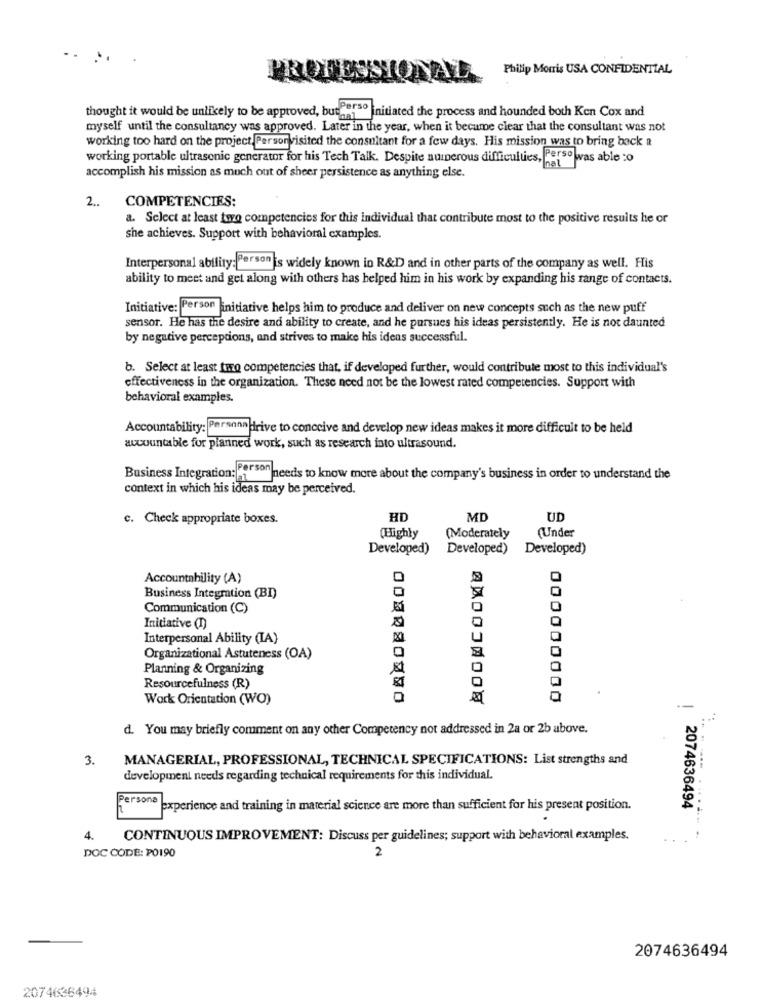
..
Philip Morris USA CONFIDENTIAL
PROFESSIONAL
thought it would be unlikely to be approved, but ters initiated the process and hounded both Ken Cox and
myself until the consultancy was approved. Later in the year, when it became clear that the consultant was not
working too hard on the project, Person visited the consultant for a few days. His mission was to bring back a
working portable ultrasonic generator for his Tech Talk. Despite numerous difficulties, Persowas able to
accomplish his mission as much out of sheer persistence as anything else.
2.
COMPETENCIES:
a. Select at least two competencies for this Individual that contribute most to the positive results he or
she achieves. Support with behavioral examples.
Interpersonal ability: Person is widely known in R&D and in other parts of the company as well. His
ability to meet and get along with others has helped him in his work by expanding his range of contacts.
Initiative: Person initiative helps him to produce and deliver on new concepts such as the new puff
sensor. He has the desire and ability to create, and he pursues his ideas persistently. He is not daunted
by negative perceptions, and strives to make his idens successful.
b. Select at least two competencies that, if developed further, would contribute most to this individual's
effectiveness in the organization. These need not be the lowest rated competencies. Support with
behavioral examples.
Accountability: Personadrive to conceive and develop new ideas makes it more difficult to be held
accountable for planned work, such as research into ultrasound.
Business Integration: Person
oh needs to know more about the company's business in order to understand the
context in which his ideas may be perceived.
c. Check appropriate boxes.
HD
MD
UD
(Highly
(Moderately
(Under
Developed)
Developed)
Developed)
Accountability (A)
Business Integration (BI)
Communication (C)
Initiative (I)
Interpersonal Ability (IA)
Organizational Astuteness (OA)
Planning & Organizing
Resourcefulness (R)
Work Orientation (WO)
000000000
d. You may briefly comment on any other Competency not addressed in 2a or 2b above.
3.
MANAGERIAL, PROFESSIONAL, TECHNICAL SPECIFICATIONS: List strengths and
development needs regarding technical requirements for this individual.
Persona experience and training in material science are more than sufficient for his present position.
! 2074636494
4.
CONTINUOUS IMPROVEMENT: Discuss per guidelines; support with behavioral examples.
-
DOC CODE: PO190
2
2074636494
2074636494